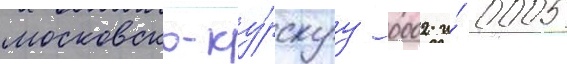
московско-ку́рскуу 0002 и́ 0005